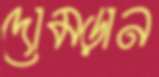
দোমড়ান